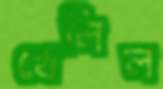
খেলিল